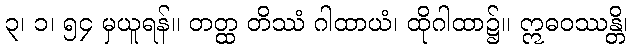
၃၊ ၁၊ ၅၄ မှယူရန်။ တတ္ထ တိဿံ ဂါထာယံ၊ ထိုဂါထာ၌။ ဣဓဝဿန္တိ၊